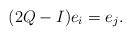
LaTeX: \begin{align*}(2Q-I)e_i=e_j.\end{align*}